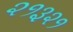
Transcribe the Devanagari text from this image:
२१३२१